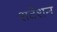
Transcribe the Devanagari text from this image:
शटेशन